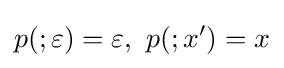
p(;\varepsilon )=\varepsilon ,\ p(;x')=x